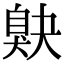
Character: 𦤕